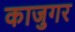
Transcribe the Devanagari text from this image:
काजुगर